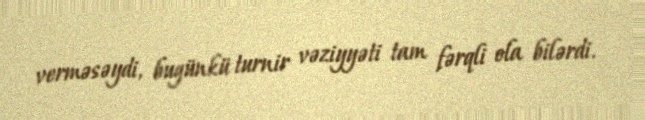
verməsəydi, bugünkü turnir vəziyyəti tam fərqli ola bilərdi.